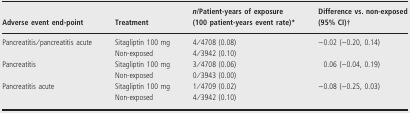
<table><thead><tr><td><b>Adverse event end-point</b></td><td><b>Treatment</b></td><td><b><i>n</i>/Patient-years of exposure (100 patient-years event rate)*</b></td><td><b>Difference vs. non-exposed (95% CI)†</b></td></tr></thead><tbody><tr><td>Pancreatitis/pancreatitis acute</td><td>Sitagliptin 100 mg</td><td>4/4708 (0.08)</td><td>−0.02 (−0.20, 0.14)</td></tr><tr><td></td><td>Non-exposed</td><td>4/3942 (0.10)</td><td></td></tr><tr><td>Pancreatitis</td><td>Sitagliptin 100 mg</td><td>3/4708 (0.06)</td><td>0.06 (−0.04, 0.19)</td></tr><tr><td></td><td>Non-exposed</td><td>0/3943 (0.00)</td><td></td></tr><tr><td>Pancreatitis acute</td><td>Sitagliptin 100 mg</td><td>1/4709 (0.02)</td><td>−0.08 (−0.25, 0.03)</td></tr><tr><td></td><td>Non-exposed</td><td>4/3942 (0.10)</td><td></td></tr></tbody></table>